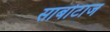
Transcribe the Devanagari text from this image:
साबोटाज